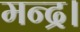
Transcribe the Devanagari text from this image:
मन्द्र।